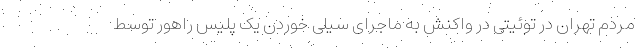
مردم تهران در توئیتی در واکنش به ماجرای سیلی خوردن یک پلیس راهور توسط